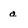
Character: a